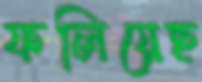
ফলিয়েছ